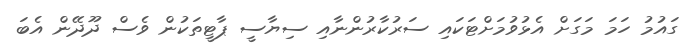
ގައުމު ހަމަ މަގަށް އެޅުވުމަށްޓަކައި ސަރުކާރުންނާއި ސިޔާސީ ޕާޓީތަކުން ވެސް ދޫދޭން އެބަ